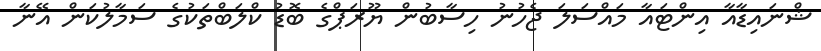
ޝްނައިޑާއާ އިންޓައާ މައްސަލަ ޖެހުނު ހިސާބުން ޔޫރަޕްގެ ބޮޑު ކްލަބްތަކުގެ ސަމާލުކަން އޭނާ